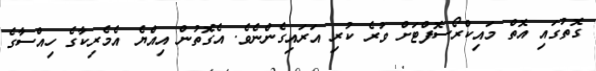
ގޮތުގައި އޮތް މައިކްރޯސޮފްޓަށް ވުރެ ކުރި އަރައިގެންނެވެ. އެގޮތުން އިއްޔެ އެމެރިކާގެ ހިއްސާގެ